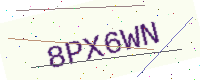
Text: 8PX6WN